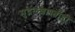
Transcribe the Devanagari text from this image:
मुद्गलशास्त्रीही